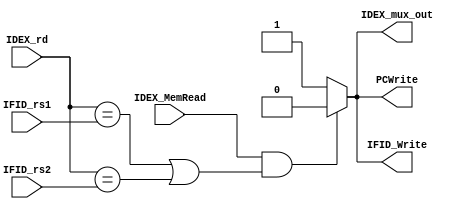
`timescale 1ns / 1ps

module Hazard_Detection(
    input [4:0] IDEX_rd, IFID_rs1, IFID_rs2,
    input IDEX_MemRead,
    output reg IDEX_mux_out,
    output reg IFID_Write, PCWrite
);

always@(*) begin
    
    if (IDEX_MemRead && (IDEX_rd == IFID_rs1 || IDEX_rd == IFID_rs2))
    begin
        IDEX_mux_out = 0;
        IFID_Write = 0;
        PCWrite = 0;
    end
    else begin
        IDEX_mux_out = 1;
        IFID_Write = 1;
        PCWrite = 1;
    end

end

endmodule